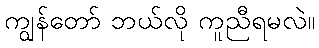
ကျွန်တော် ဘယ်လို ကူညီရမလဲ။